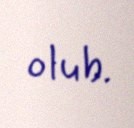
olub.